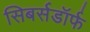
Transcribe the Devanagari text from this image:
सिबर्सडॉर्फ